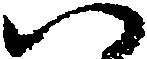
い